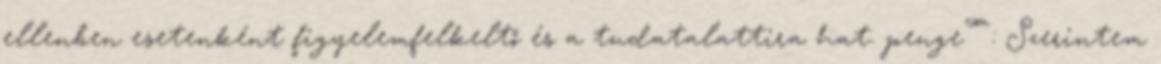
ellenben esetenként figyelemfelkeltő és a tudatalattira hat. penge™: Szerintem